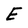
Character: E